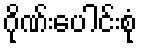
ဂိုဏ်းပေါင်းစုံ